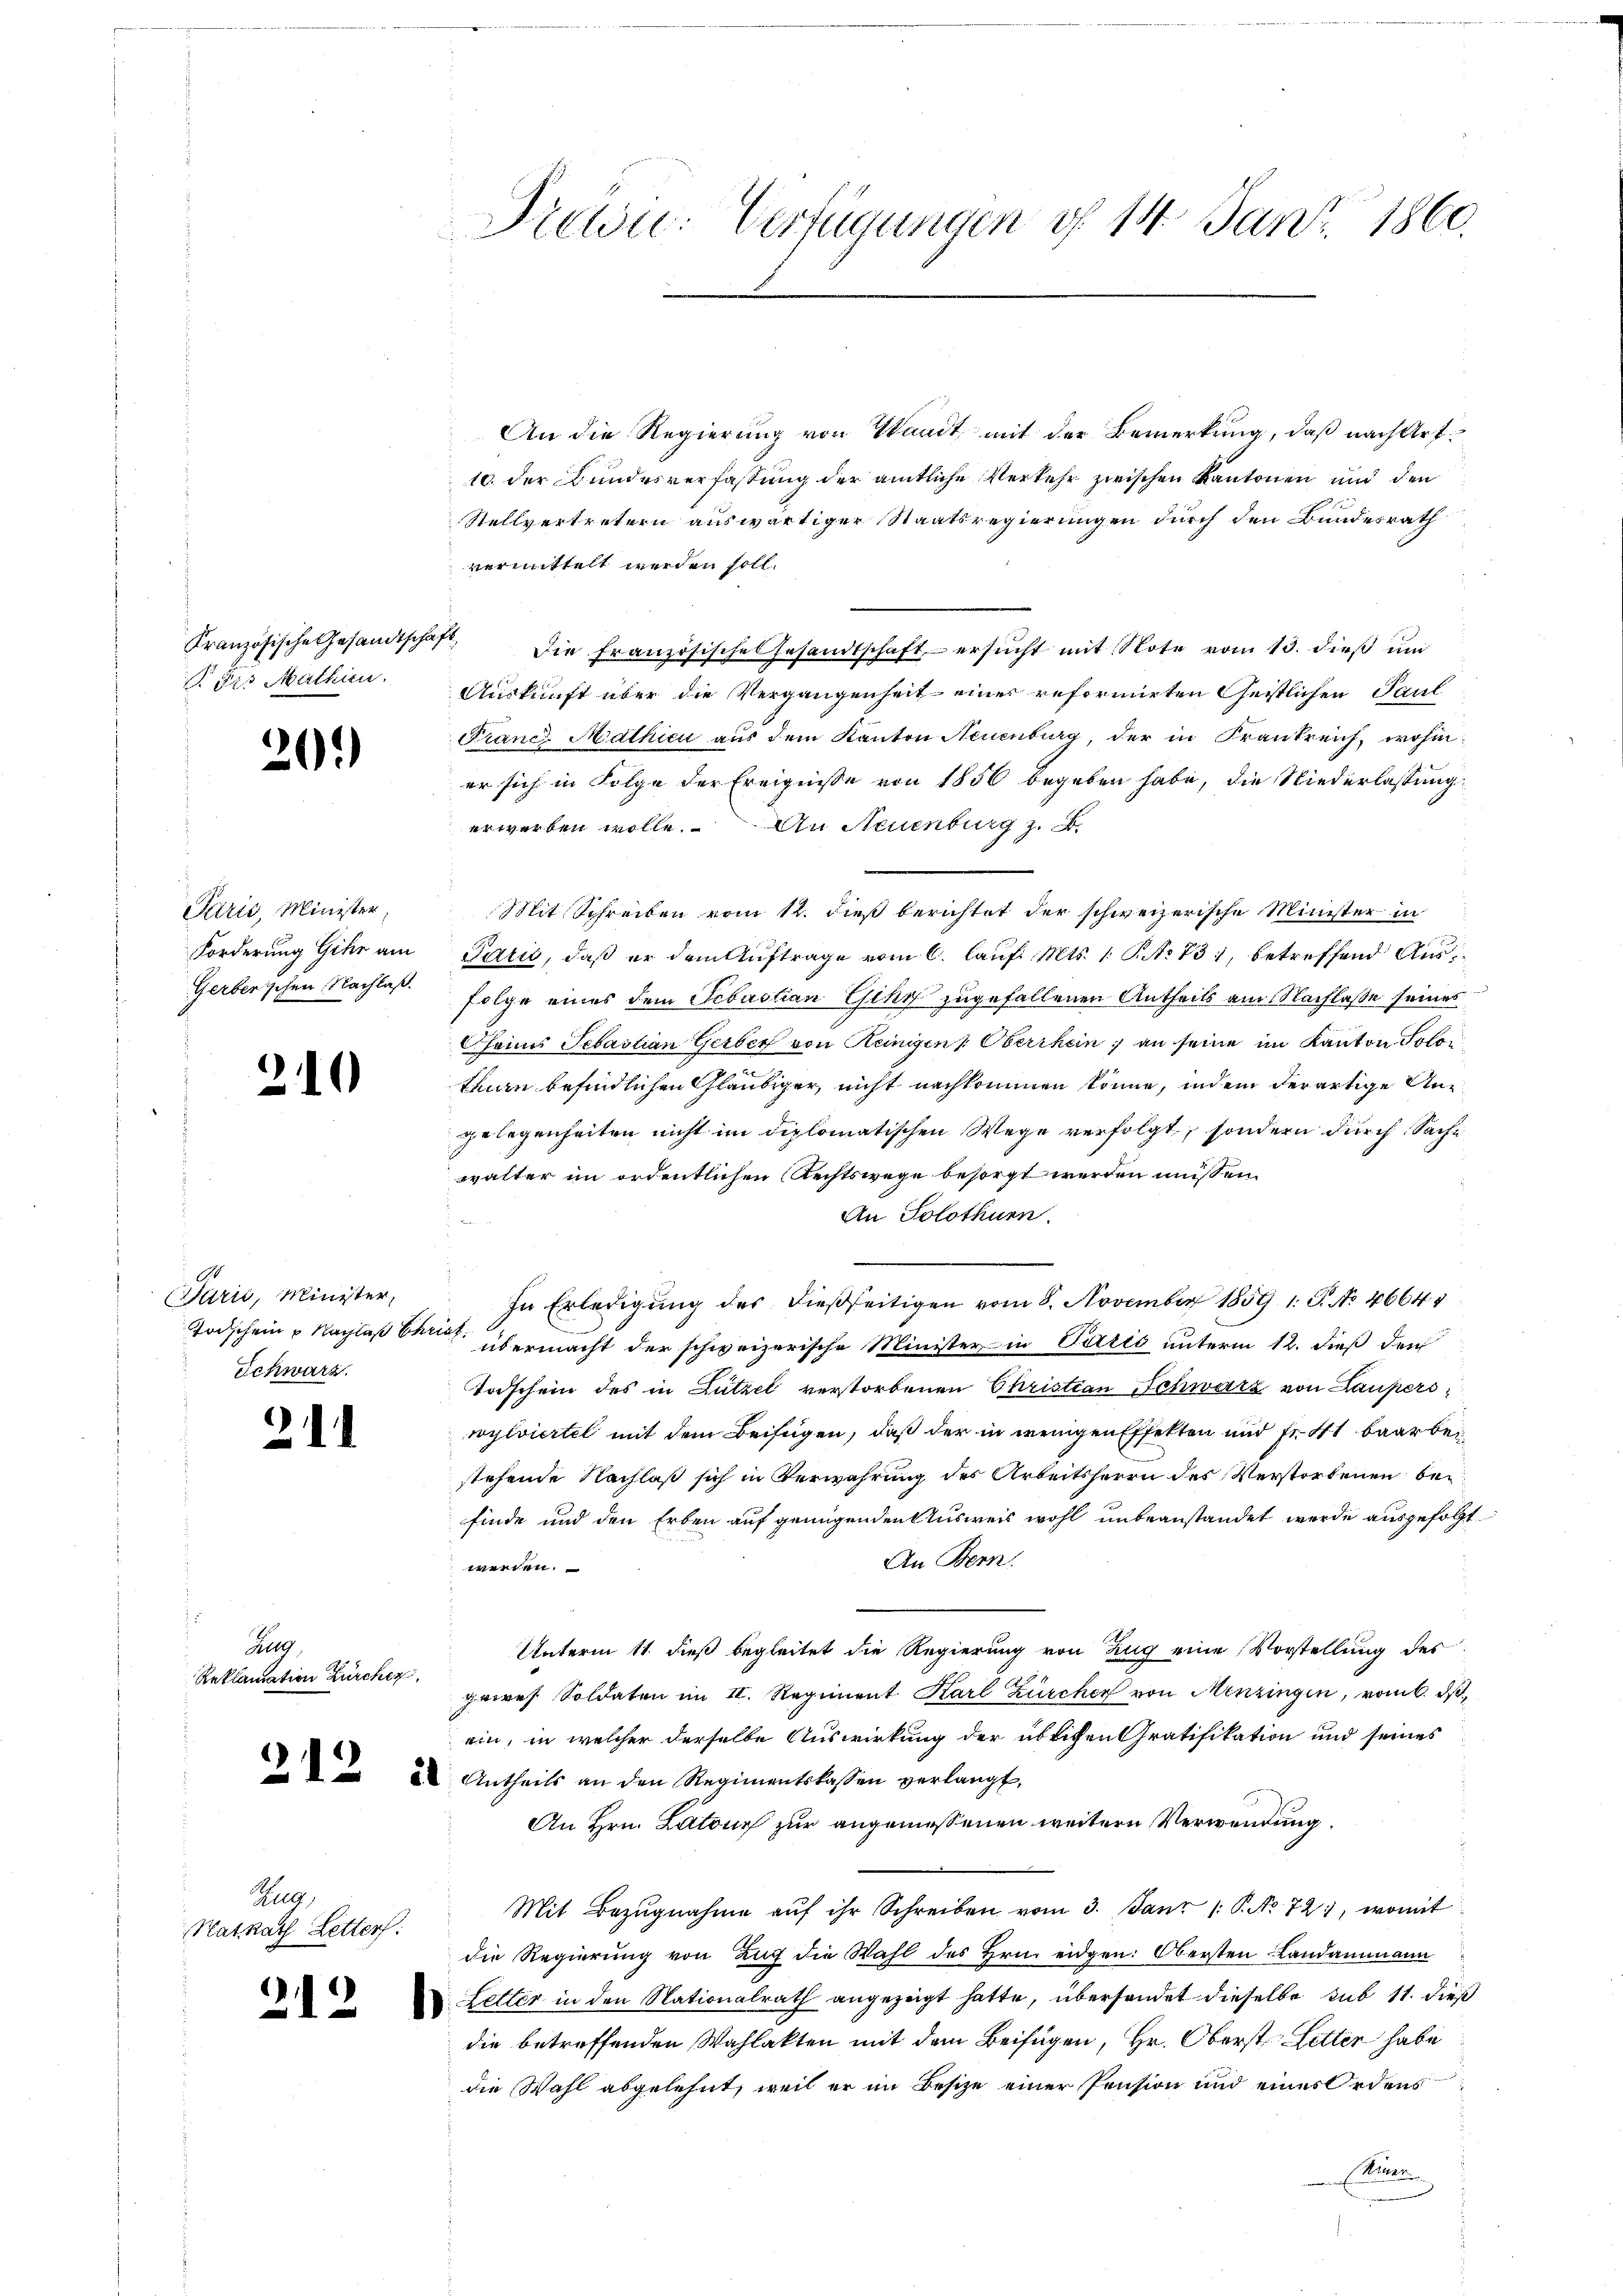
. Fis Mathien.

201)

Paris, Minister,

210

arić, Minister,
Schwarz.

211

Zelg
Reklamation Zürcher

Rug
Natrath Letter

A12

An die Regierung von Waadt mit der Bemerkung, daß nach Art.
10. der Bundesverfassung der amtliche Verkehr zwischen Kantonen und den
Stellvertretern auswärtiger Staatsregierungen durch den Bundesrath
vermittelt werden soll.
Französische Gesandtschaft. Die französische Gesandtschaft ersŭcht mit Note vom 13. dieβ ŭm
Auskunft über die Vergangenheit einer reformirten Geistlichen Paul
Franc. Mathici aus dem Kanton Neuenburg, der in Frankreich, wohiner sich in Folge der Ereignisse von 1856 begeben habe, die Niederlassung
erwerben wolle. An Neuenburg z.
Mit Schreiben vom 12. dieß berichtet der schweizerische Minister in
Forderung Gihr am Paris, daß er dem Auftrage vom 6. Lauf. Mts. 1. P. No 731, betreffend Aus¬
Gerberischen Nachlaß. Folge eines dem Sebastian ihr zugefallenen Antheils am Nachlasse seines
Cheims Sebastian Gerber von Keinigen Oberrhein; an seine im Kanton Solo
trare befindlichen Gläubiger, nicht nachkommen könne, indem derartige Angelegenheiten nicht im diplomatischen Wege verfolgt, sondern durch Sache
walter im ordentlichen Rechtswege besorgt werden müssen.
An Solothurn.
In Erledigŭng des dießseitigen vom 8. November 1859. 1. G. No 46644
Todschein u Nachlaß bei übermacht der schweizerische Minister in Paris unterm 12. dieß dem
Todschein des in Lützel verstorbenen Christian Schwarz von Lauperswylviertel mit dem Beifügen, daß der in wenigen Effekten und Fr. 41 baar bei
stehende Nachlaß sich in Verwahrung des Arbeitsherrn des Verstorbenen bei
finde und den Erben auf genügenden Ausweis wohl unbeanstandet werde ausgefolgt
An Bern.
werden.
Unterm 11. dieß begleitet die Regierung von Zug eine Vorstellung des
gaires Soldaten im II. Regiment Karl Zürcher von Menzingen, vom 6. ds
ein, in welcher derselbe Auswirkung der üblichen Gratifikation und seines
  Antheils an den Regimentskassen verlangt,
An Hrn. Latour zur angemessenen weitern Verwendung.
Mit Bezŭgnahme aŭf ihr Schreiben vom 3. Janr /: P. No 721, womit
die Regierung von Zug die Wahl des Hrn. eidgen: Obersten Landammann
 Letter in den Nationalrath angezeigt hatte, übersendet dieselbe sub 11. dieß
die betreffenden Wahlakten mit dem Beifügen, Hr. Oberst Letter habe
die Wahl abgelehnt, weil er im Besize einer Pension und eines Ordens
Kute

Pren: Verfügungen d. 14. Janz. 1860.